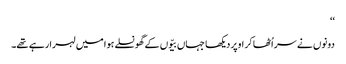
‘‘
دونوں نے سر اُٹھا کر اوپر دیکھا جہاں بیّوں کے گھونسلے ہوا میں لہرا رہے تھے۔